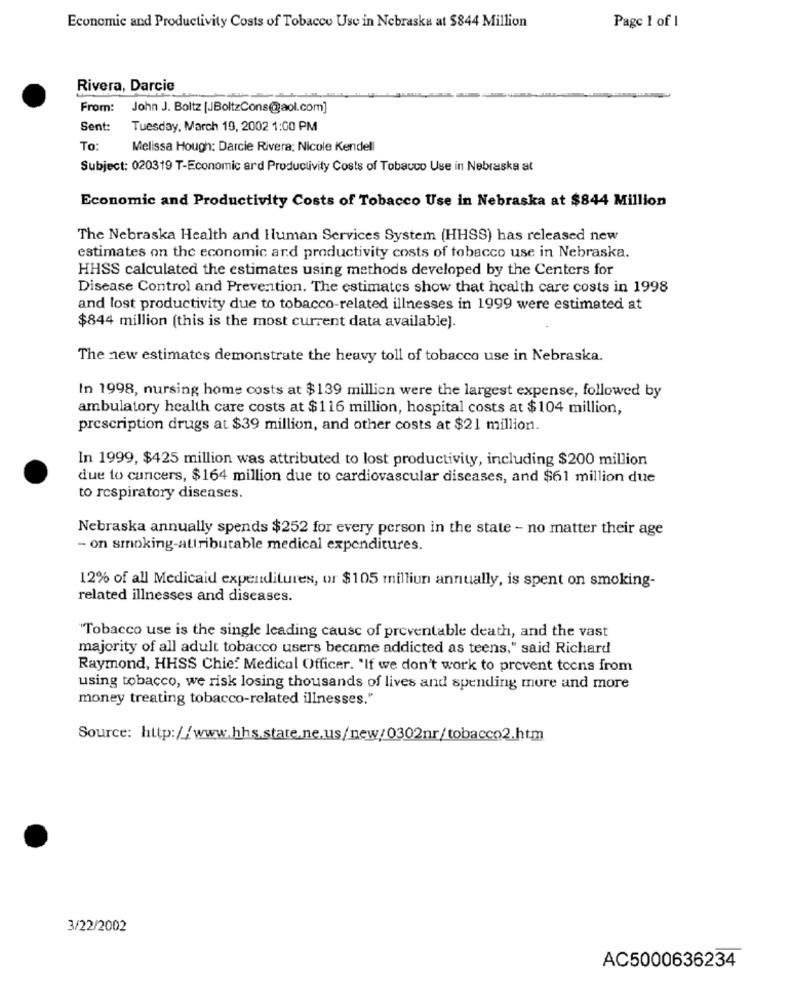
Page 1 of 1
Economic and Productivity Costs of Tobacco Use in Nebraska at $844 Million
Rivera, Darcie
From: John J. Boltz [JBoltzCons@aol.com]
Sent:
Tuesday, March 19, 2002 1:00 PM
To:
Melissa Hough: Darcie Rivera: Nicole Kendell
Subject: 020319 T-Economic ard Productivity Costs of Tobacco Use in Nebraska at
Economic and Productivity Costs of Tobacco Use in Nebraska at $844 Million
The Nebraska Health and Human Services System (HHSS) has released new
estimates on the economic and productivity costs of tobacco use in Nebraska.
HHSS calculated the estimates using methods developed by the Centers for
Disease Control and Prevention. The estimates show that health care costs in 1998
and lost productivity due to tobacco-related illnesses in 1999 were estimated at
$844 million (this is the most current data available).
The new estimates demonstrate the heavy toll of tobacco use in Nebraska.
In 1998, nursing home costs at $139 million were the largest expense, followed by
ambulatory health care costs at $116 million, hospital costs at $104 million,
prescription drugs at $39 million, and other costs at $21 million.
In 1999, $425 million was attributed to lost productivity, including $200 million
due to cancers, $164 million due to cardiovascular diseases, and $61 million due
to respiratory diseases.
Nebraska annually spends $252 for every person in the state - no matter their age
- on smoking-attributable medical expenditures.
12% of all Medicaid expenditures, or $105 milliun annually, is spent on smoking-
related illnesses and diseases.
"Tobacco use is the single leading cause of preventable death, and the vast
majority of all adult tobacco users became addicted as teens," said Richard
Raymond, HHSS Chief Medical Officer. "If we don't work to prevent teens from
using tobacco, we risk losing thousands of lives and spending more and more
money treating tobacco-related illnesses."
Source: http://www.hhs.state.ne.us/new/0302nr/tobacco2.htm
3/22/2002
AC5000636234